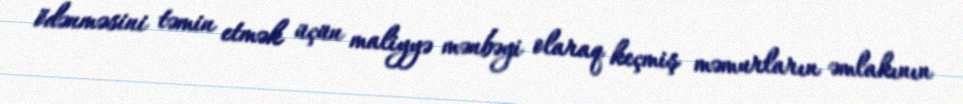
ödənməsini təmin etmək üçün maliyyə mənbəyi olaraq keçmiş məmurların əmlakının